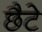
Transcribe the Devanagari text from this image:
छैटे